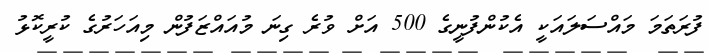
ފުރަތަމަ މައްސަލައަކީ އެކުންފުނީގެ 500 އަށް ވުރެ ގިނަ މުއައްޒަފުން މިއަހަރުގެ ކުރީކޮޅު